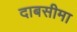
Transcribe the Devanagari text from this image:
दाबसीमा